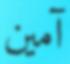
آمين